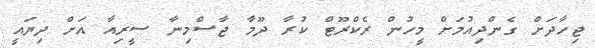
ޖިހާދަށް ގެންދިއުމަށް މީހުން ރެކްރޫޓް ކުރާ ދޫމާ ޖާސްމިނާ ސީރިއާ އަށް ދިޔައީ